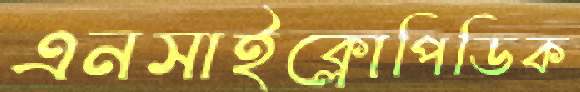
এনসাইক্লোপিডিক